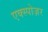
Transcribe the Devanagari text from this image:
एक्स्पोज़र